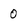
Character: o